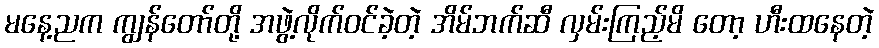
မနေ့ညက ကျွန်တော်တို့ အဖွဲ့လိုက်ဝင်ခဲ့တဲ့ အိမ်ဘက်ဆီ လှမ်းကြည့်မိ တော့ ဟီးထနေတဲ့